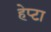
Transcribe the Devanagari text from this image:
हेप्टा